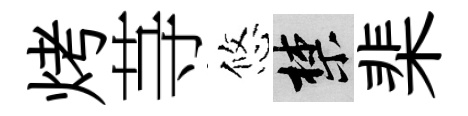
烤䒭悠禁棐